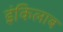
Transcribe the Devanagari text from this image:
इंकिलाब